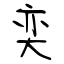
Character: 奕